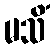
မသိံ